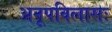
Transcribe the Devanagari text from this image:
अनूपविलासः